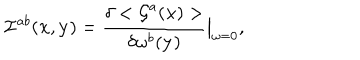
LaTeX: { \cal I } ^ { a b } ( { \bf x } , { \bf y } ) = \frac { \delta < { \cal G } ^ { a } ( { \bf x } ) > } { \delta \omega ^ { b } ( { \bf y } ) } \big \vert _ { \omega = 0 } ,